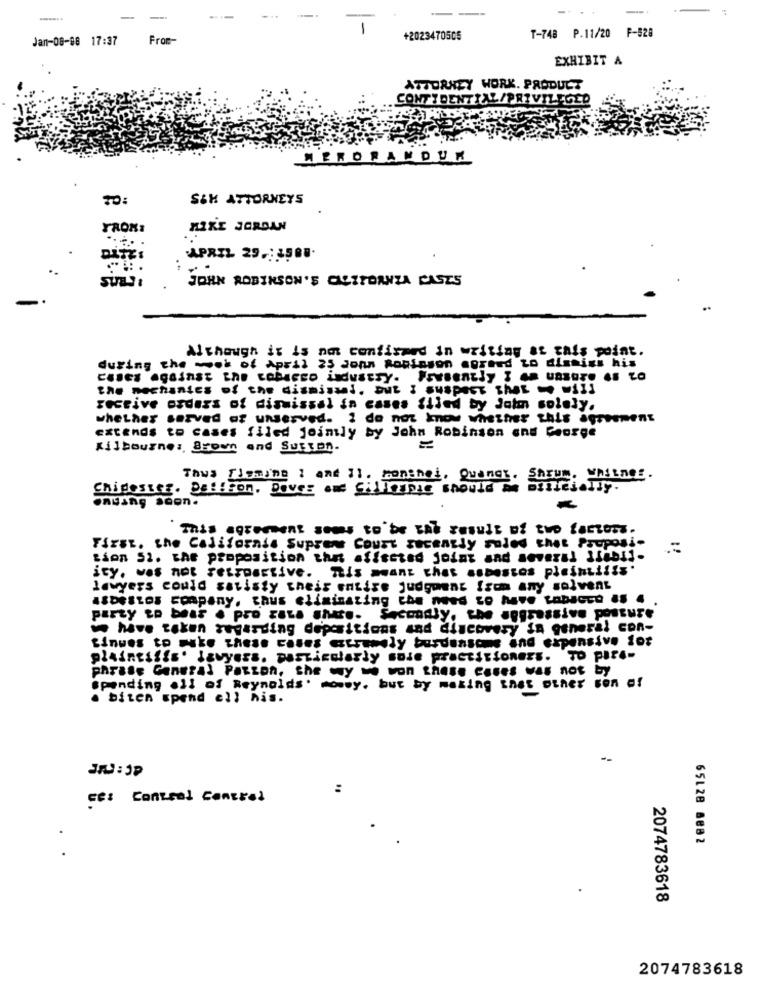
-
-
T-748 P.11/20 F-528
Jan-08-08 17:37
From-
+2023470505
EXHIBIT A
ATTORNEY WORK. PRODUCT
CONFIDENTIAL/PRIVILEGED
MERORAMDUK
TO:
S&H ATTORNEYS
FROM:
MIKE JORDAN
APRIL 29 .: 1588.
SUB !!
JOHN ROBINSON'S CALIFORNIA CASES
Although it is not confirmed in writing at this point.
during the week of April 25 denn Robinson agreed to dissigs his
the mechanics of the dismissal, But I suspect that - will
Fective orders of dismissal in cases filed by Jotm solely,
whether served of unserved. I do not know whether this agreement
extends to cases filed jointly by John Robinson and George
Kilbourne: Brown and Sutton.
=
Thus Thename : and I1. menshel. Quancx. Sarum. Whitner.
Chidestez. De !! ton. Doves ame Gillespie should a billejelly.
This agreement soms to be the result of two factors.
First. the California Supreme Court recently soled thet Proposi-
tion 52. the proposition the affected joint and several Ifabil-
ity. was het retroactive. "is meant that asbestos pleintilis'
lawyers could satisty their entire judgment Izom any solvent
Asbestos company, aus eliminating che need to have tabacco as 4 .
party to beas . pro rata share. Secondly, the aggressive posture
we have taken regarding depositions and discovery in general con-
Sinues to make these cases atramely burdensome and expensive for
plaintiffE' lawyers, particularly sose practitioners. TO pics-
phrase General Patton, the wy w won these cases was not by
spending all of Reynolds. mowy. but by making that other sen af
. biten spend cll his.
--
:
ce: Contral Control
65128 8882
2074783618
2074783618